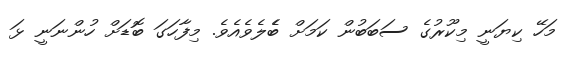
މަހޭ ކިޔަނީ މިކޫރުގެ ސަބަބުން ކަމަށް ބެެލެވެއެވެ. މިފާހަގަ ބޮޑަށް ހުންނަނީ ޅަ